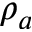
\rho _ { a }